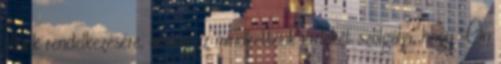
állunk rendelkezésére, hiszen ez mindkettőnk érdekét szolgálja, hogy Ön